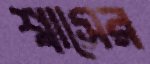
শ্বাসের